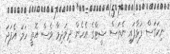
ނިކަގަސް ފަޅާފައި ނެތަސް ޝީޓްގެ އެހެން ދިމަދިމާ ވެސް އޮތީ ހަމަ އެފަދަ